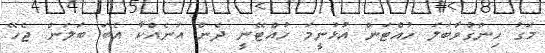
މަގު ހިންގުވާބަލަ ހުއްޓަން އުޅުނީމަ ހުއްޓޭނީ ދެން އަނެއްކާ އެބަ ބަލަން ޖެހޭ